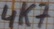
Text: 4K7